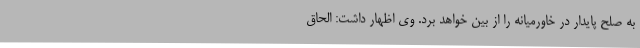
به صلح پایدار در خاورمیانه را از بین خواهد برد. وی اظهار داشت: الحاق